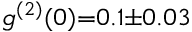
g ^ { ( 2 ) } ( 0 ) { = } 0 . 1 { \pm } 0 . 0 3